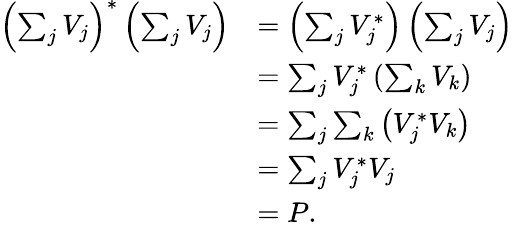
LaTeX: \begin{array}{rl}{\left(\sum_{j}V_{j}\right)^{*}\left(\sum_{j}V_{j}\right)}&{=\left(\sum_{j}V_{j}^{*}\right)\left(\sum_{j}V_{j}\right)}\\ &{=\sum_{j}V_{j}^{*}\left(\sum_{k}V_{k}\right)}\\ &{=\sum_{j}\sum_{k}\left(V_{j}^{*}V_{k}\right)}\\ &{=\sum_{j}V_{j}^{*}V_{j}}\\ &{=P.}\end{array}